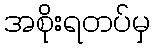
အစိုးရတပ်မှ